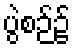
ပွဲစဉ်၌